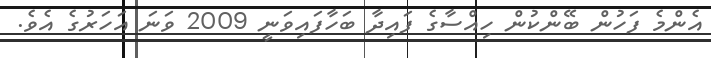
އެންމެ ފަހުން ބޭންކުން ހިއްސާގެ ފައިދާ ބަހާފައިވަނީ 2009 ވަނަ އަހަރުގެ އެވެ.